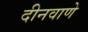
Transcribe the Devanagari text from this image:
दीनवाणे